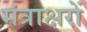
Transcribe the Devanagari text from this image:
मंत्राक्षरों